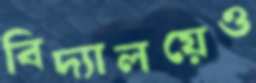
বিদ্যালয়েও